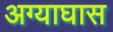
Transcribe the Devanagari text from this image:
अग्याघास